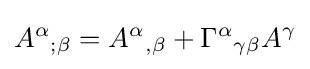
A^{\alpha }{}_{;\beta }=A^{\alpha }{}_{,\beta }+\Gamma ^{\alpha }{}_{\gamma \beta }A^{\gamma }